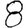
Digit: 8